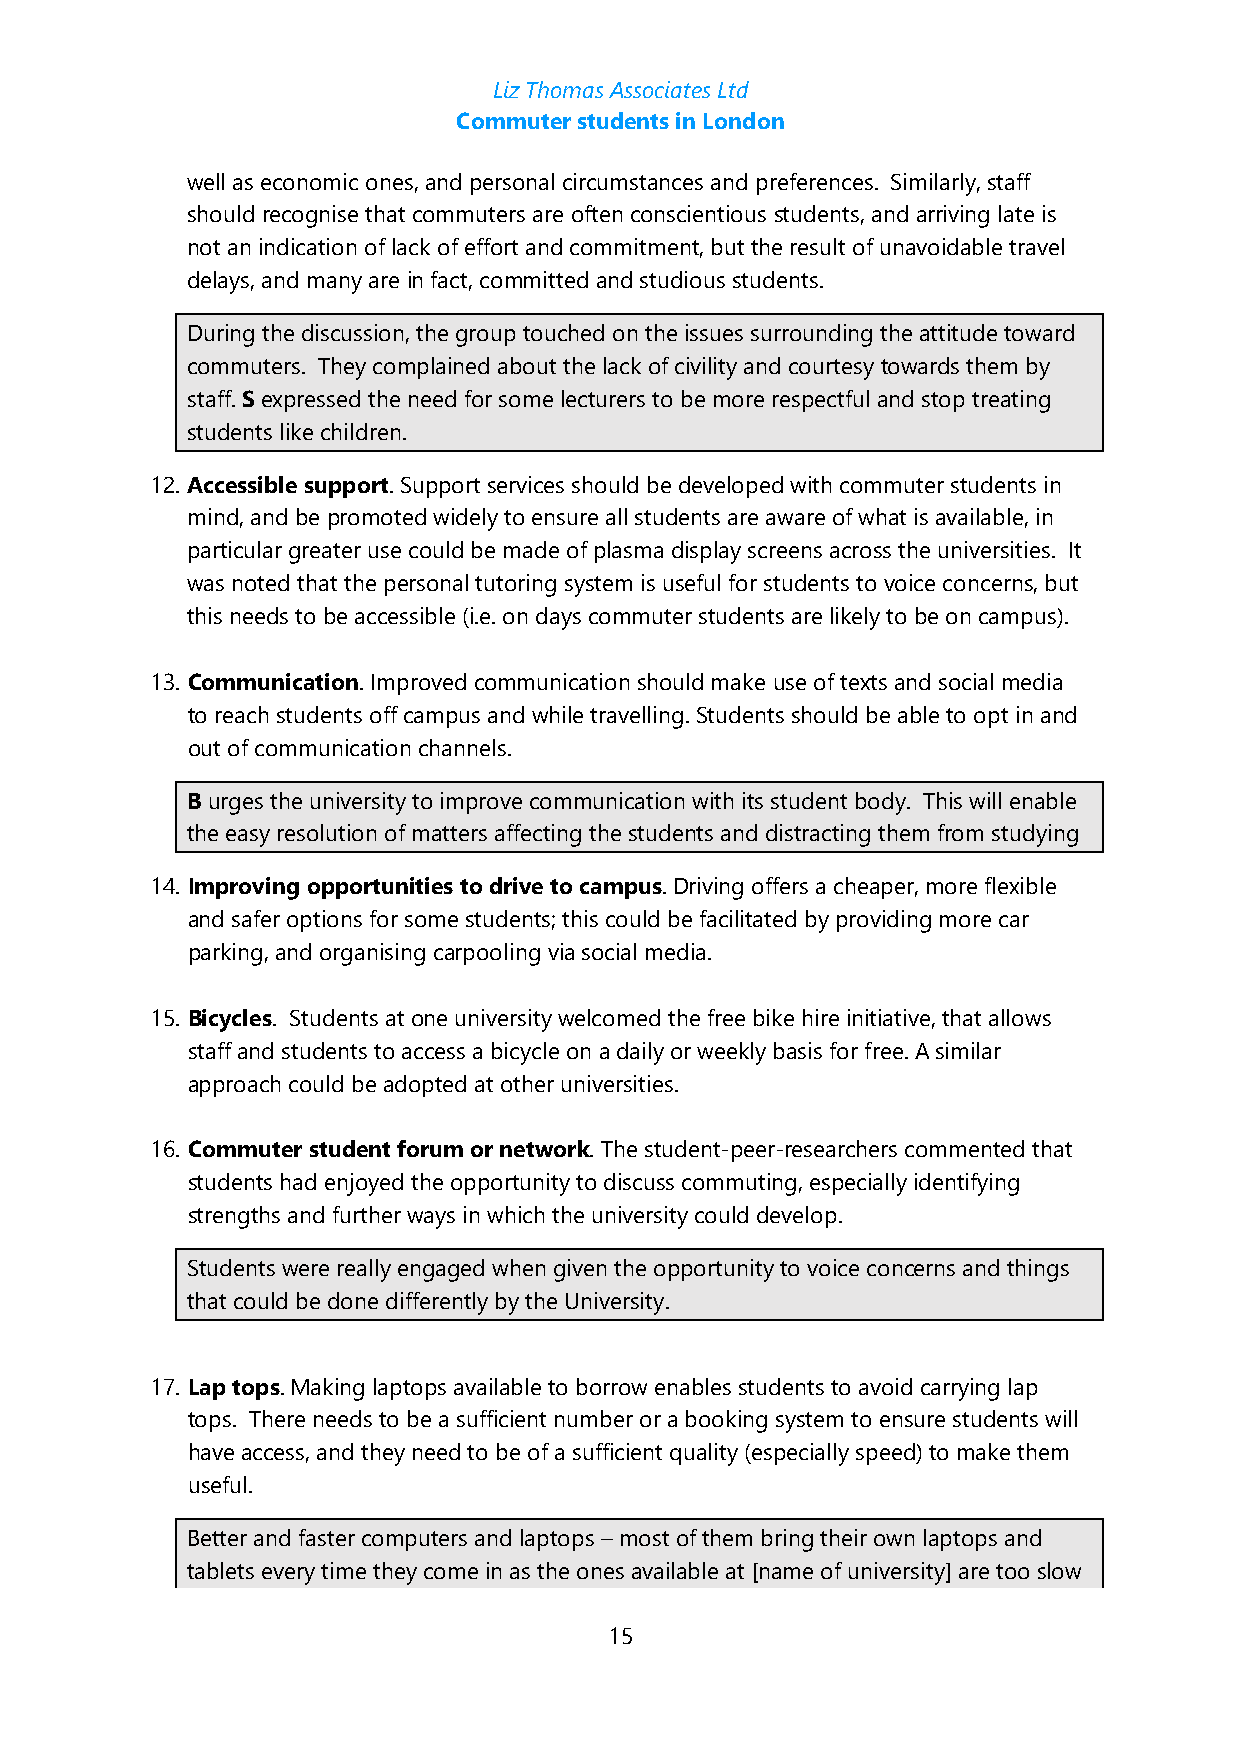
Liz Thomas Associates Ltd
 Commuter students in London
 well as economic ones, and personal circumstances and preferences. Similarly, staff
 should recognise that commuters are often conscientious students, and arriving late is
 not an indication of lack of effort and commitment, but the result of unavoidable travel
 delays, and many are in fact, committed and studious students.
 During the discussion, the group touched on the issues surrounding the attitude toward
 commuters. They complained about the lack of civility and courtesy towards them by
 staff. S expressed the need for some lecturers to be more respectful and stop treating
 students like children.
 12. Accessible support. Support services should be developed with commuter students in
 mind, and be promoted widely to ensure all students are aware of what is available, in
 particular greater use could be made of plasma display screens across the universities. It
 was noted that the personal tutoring system is useful for students to voice concerns, but
 this needs to be accessible (i.e. on days commuter students are likely to be on campus).
 13. Communication. Improved communication should make use of texts and social media
 to reach students off campus and while travelling. Students should be able to opt in and
 out of communication channels.
 B urges the university to improve communication with its student body. This will enable
 the easy resolution of matters affecting the students and distracting them from studying
 14. Improving opportunities to drive to campus. Driving offers a cheaper, more flexible
 and safer options for some students; this could be facilitated by providing more car
 parking, and organising carpooling via social media.
 15. Bicycles. Students at one university welcomed the free bike hire initiative, that allows
 staff and students to access a bicycle on a daily or weekly basis for free. A similar
 approach could be adopted at other universities.
 16. Commuter student forum or network. The student-peer-researchers commented that
 students had enjoyed the opportunity to discuss commuting, especially identifying
 strengths and further ways in which the university could develop.
 Students were really engaged when given the opportunity to voice concerns and things
 that could be done differently by the University.
 17. Lap tops. Making laptops available to borrow enables students to avoid carrying lap
 tops. There needs to be a sufficient number or a booking system to ensure students will
 have access, and they need to be of a sufficient quality (especially speed) to make them
 useful.
 Better and faster computers and laptops – most of them bring their own laptops and
 tablets every time they come in as the ones available at [name of university] are too slow
 15